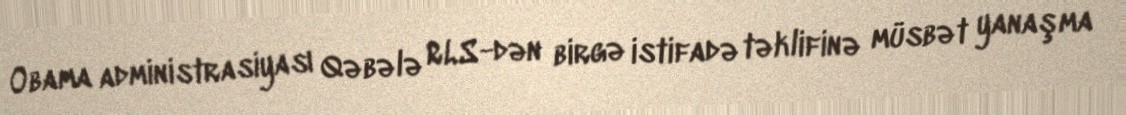
Obama administrasiyası Qəbələ RLS-dən birgə istifadə təklifinə müsbət yanaşma